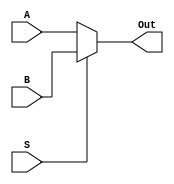
`timescale 1ns / 1ps
//////////////////////////////////////////////////////////////////////////////////
// Company: 
// Engineer: 
// 
// Design Name: 
// Module Name:    MULTIPLEXOR(2 TO 1), 5 Bits 
// Project Name:   Design ARM Architecture 
// Target Devices: 
// Tool versions: 
// Description: 
//
// Dependencies: 
//
// Revision: 
// Revision 0.01 - File Created
// Additional Comments: 
//
//////////////////////////////////////////////////////////////////////////////////
module MUX2_1_5(
    input [4:0] A,
    input [4:0] B,
    input S,
    output reg [4:0] Out
    );
	always @(A, B, S)
		case (S)
			'b0: Out <= A;
			default: Out <= B;
		endcase
endmodule